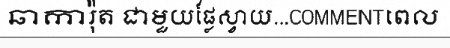
ឆាការ៉ុត ជាមួយផ្លែស្វាយ...COMMENTពេល